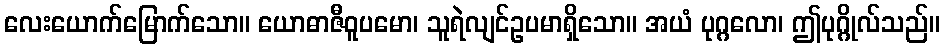
လေးယောက်မြောက်သော။ ယောဓာဇီဝူပမော၊ သူရဲလျင်ဥပမာရှိသော။ အယံ ပုဂ္ဂလော၊ ဤပုဂ္ဂိုလ်သည်။